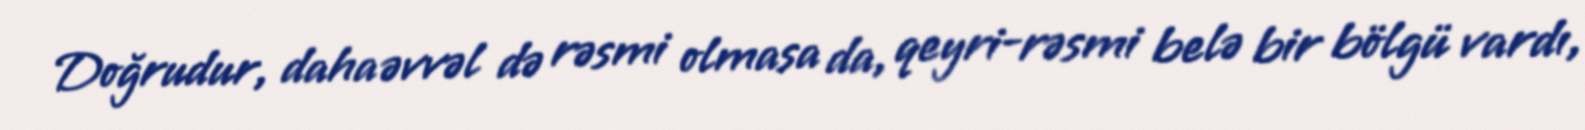
Doğrudur, daha əvvəl də rəsmi olmasa da, qeyri-rəsmi belə bir bölgü vardı,